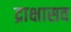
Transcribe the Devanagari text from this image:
द्राक्षासव